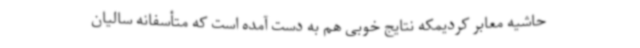
حاشیه معابر کردیمکه نتایج خوبی هم به دست آمده است که متأسفانه سالیان